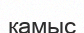
қамыс